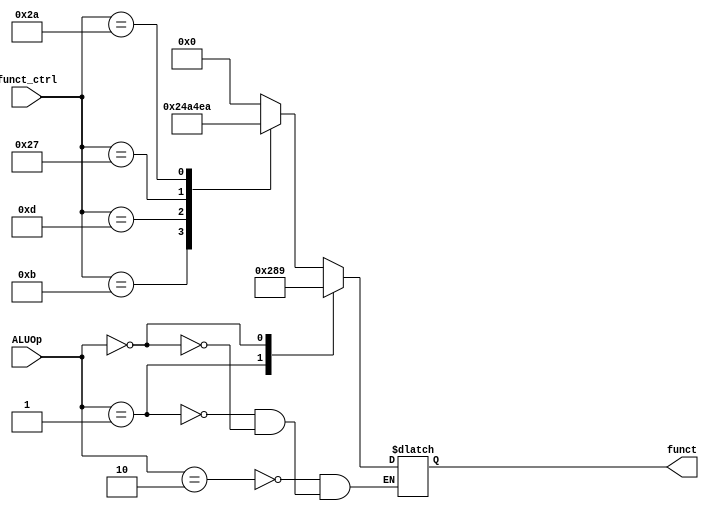
`define Addu	6'b001001
`define Subu	6'b001010
`define Nor		6'b010011
`define Sltu	6'b101010

module ALU_Control(
    output reg[5:0] funct,

    input [1:0] ALUOp,
    input [5:0] funct_ctrl
);
always@(ALUOp, funct_ctrl)begin
    case(ALUOp)
        2'b10:begin
            case(funct_ctrl)
                6'b001011: funct <= `Addu;
                6'b001101: funct <= `Subu;
                6'b100111: funct <= `Nor;
                6'b101010: funct <= `Sltu;
                default: funct <= 6'b0;
            endcase
        end
        2'b01:begin
            funct <= `Subu;
        end
        2'b00:begin
            funct <= `Addu;
        end
    endcase
end
endmodule